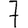
Digit: 7